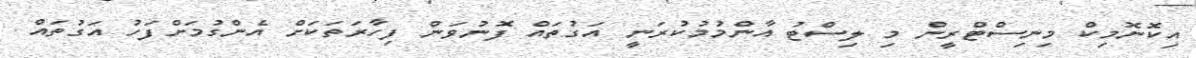
އިކޮނޮމިކް މިނިސްޓްރީން މި ލިސްޓު އާންމުމުކުރަނީ އަގުތައް ފޮނުވަން ފިހާރަތަކަށް އެންގުމަށްފަހު އަގުތައް